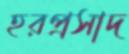
হরপ্রসাদ